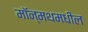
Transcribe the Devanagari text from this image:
मॉन्मथमधील